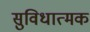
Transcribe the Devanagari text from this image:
सुविधात्मक